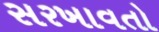
સરખાવતો